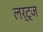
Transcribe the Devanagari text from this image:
लर्ट्ज